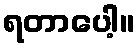
ရတာပေါ့။